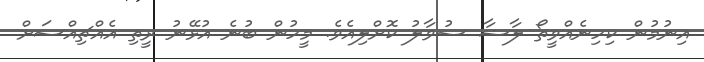
އިނުމުން ކިހިނެއްވީތޯ ލާޝާ ސުވާލު ކޮށްލިއެވެ. މީހުން ބުނެ އުޅޭނު ރީތި އެއްޗިއްސަށް